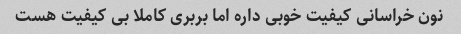
نون خراسانی کیفیت خوبی داره اما بربری کاملا بی کیفیت هست